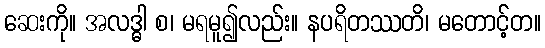
ဆေးကို။ အလဒ္ဓါ စ၊ မရမူ၍လည်း။ နပရိတဿတိ၊ မတောင့်တ။